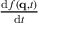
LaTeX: \textstyle { \frac { \mathrm { d } f ( \mathbf { q } , t ) } { \mathrm { d } t } }